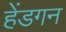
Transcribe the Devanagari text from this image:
हेंडगन